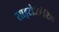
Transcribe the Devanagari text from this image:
साइटोजेनेटिक